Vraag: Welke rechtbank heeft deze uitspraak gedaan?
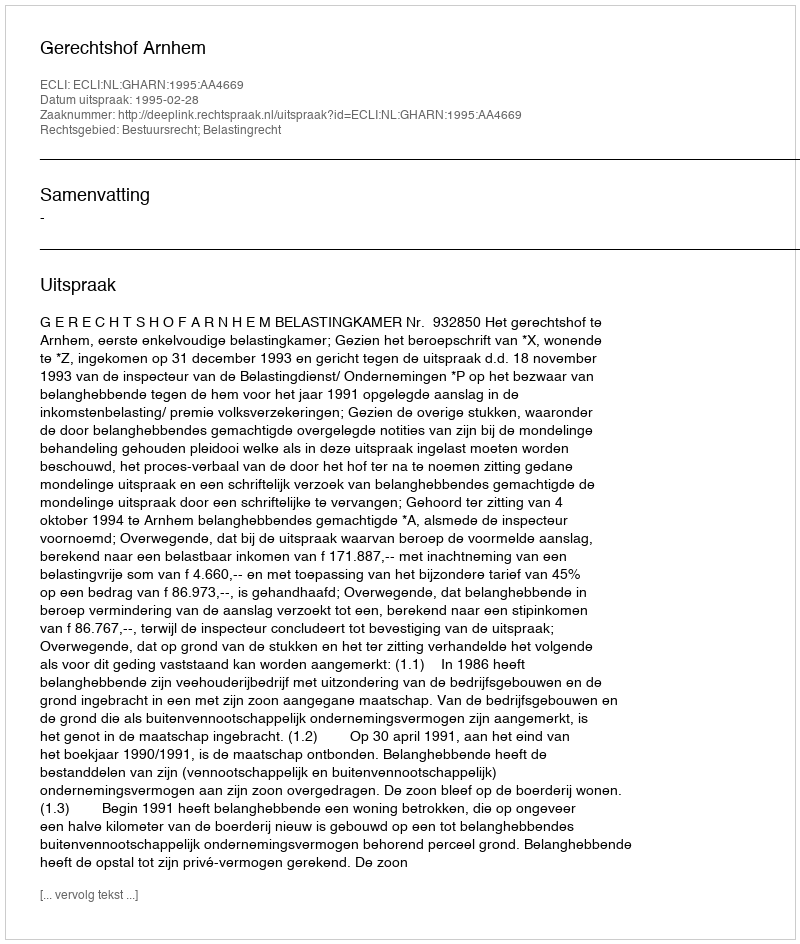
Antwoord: Gerechtshof Arnhem